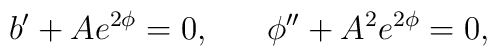
b^{\prime}+Ae^{2\phi}=0, \;\;\;\;\;\; \phi^{\prime\prime}+A^2e^{2\phi}=0, \\